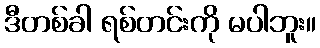
ဒီတစ်ခါ ရစ်တင်းကို မပါဘူး။